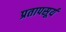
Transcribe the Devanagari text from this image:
प्रतापसूर्य